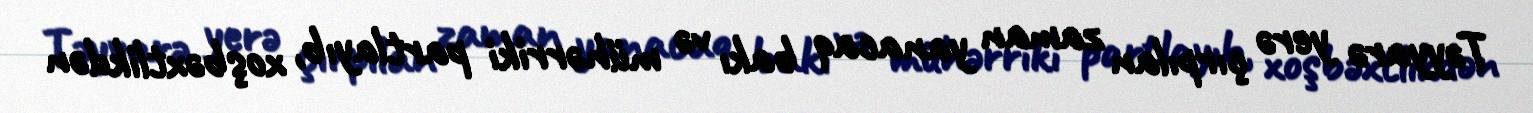
Təyyarə yerə çırpılan zaman yanacaq bakı və mühərriki partlayıb, xoşbəxtlikdən